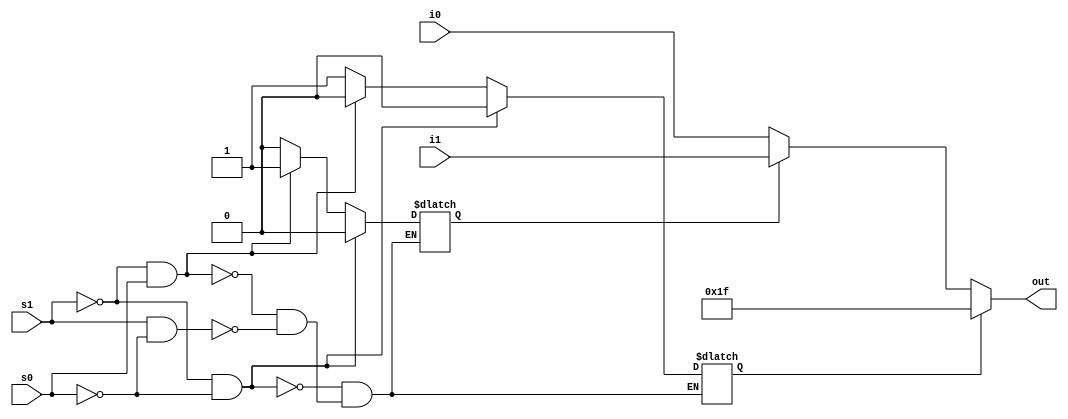
module mult3_to_1_5(out,i0,i1,s0,s1);
output [4:0] out;
input [4:0]i0,i1;
input s0,s1; //s0 = regdest , s1 = jal
reg  scontrol,scontrol2;
always @(s0,s1)
begin
if (s1&(~s0))
begin
	scontrol=1'b1;
	scontrol2=1'b0;
end
if ((~s1)&s0)
begin
	scontrol=1'b0;
	scontrol2=1'b1;
end
if ((~s1)&(~s0))
begin
	scontrol=1'b0;
	scontrol2=1'b0;
end
end
assign out = scontrol ? 5'b11111:(scontrol2 ? i1:i0);
endmodule

// S0,S1 
// 01 = JAL
// 10 = REGDEST
// 00 = NORMAL